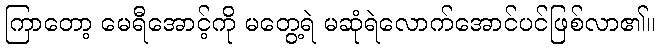
ကြာတော့ မေရီအောင့်ကို မတွေ့ရဲ မဆုံရဲလောက်အောင်ပင်ဖြစ်လာ၏။